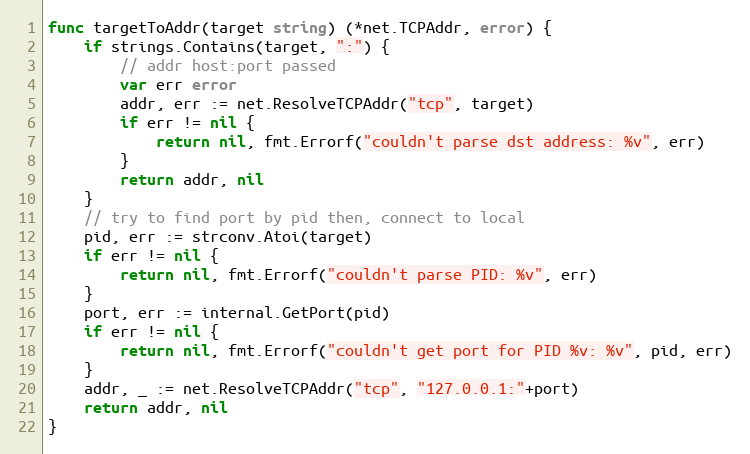
Language: Go
func targetToAddr(target string) (*net.TCPAddr, error) {
	if strings.Contains(target, ":") {
		// addr host:port passed
		var err error
		addr, err := net.ResolveTCPAddr("tcp", target)
		if err != nil {
			return nil, fmt.Errorf("couldn't parse dst address: %v", err)
		}
		return addr, nil
	}
	// try to find port by pid then, connect to local
	pid, err := strconv.Atoi(target)
	if err != nil {
		return nil, fmt.Errorf("couldn't parse PID: %v", err)
	}
	port, err := internal.GetPort(pid)
	if err != nil {
		return nil, fmt.Errorf("couldn't get port for PID %v: %v", pid, err)
	}
	addr, _ := net.ResolveTCPAddr("tcp", "127.0.0.1:"+port)
	return addr, nil
}